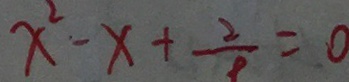
x ^ { 2 } - x + \frac { 2 } { 9 } = 0